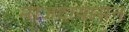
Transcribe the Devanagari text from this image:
माजदायासन